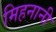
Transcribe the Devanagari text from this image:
मिहनानी